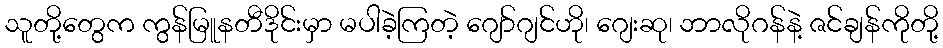
သူတို့တွေက ကွန်မြူနတီဒိုင်းမှာ မပါခဲ့ကြတဲ့ ဂျော်ဂျင်ဟို၊ ဂျေးဆု၊ ဘာလိုဂန်နဲ့ ဇင်ချန်ကိုတို့